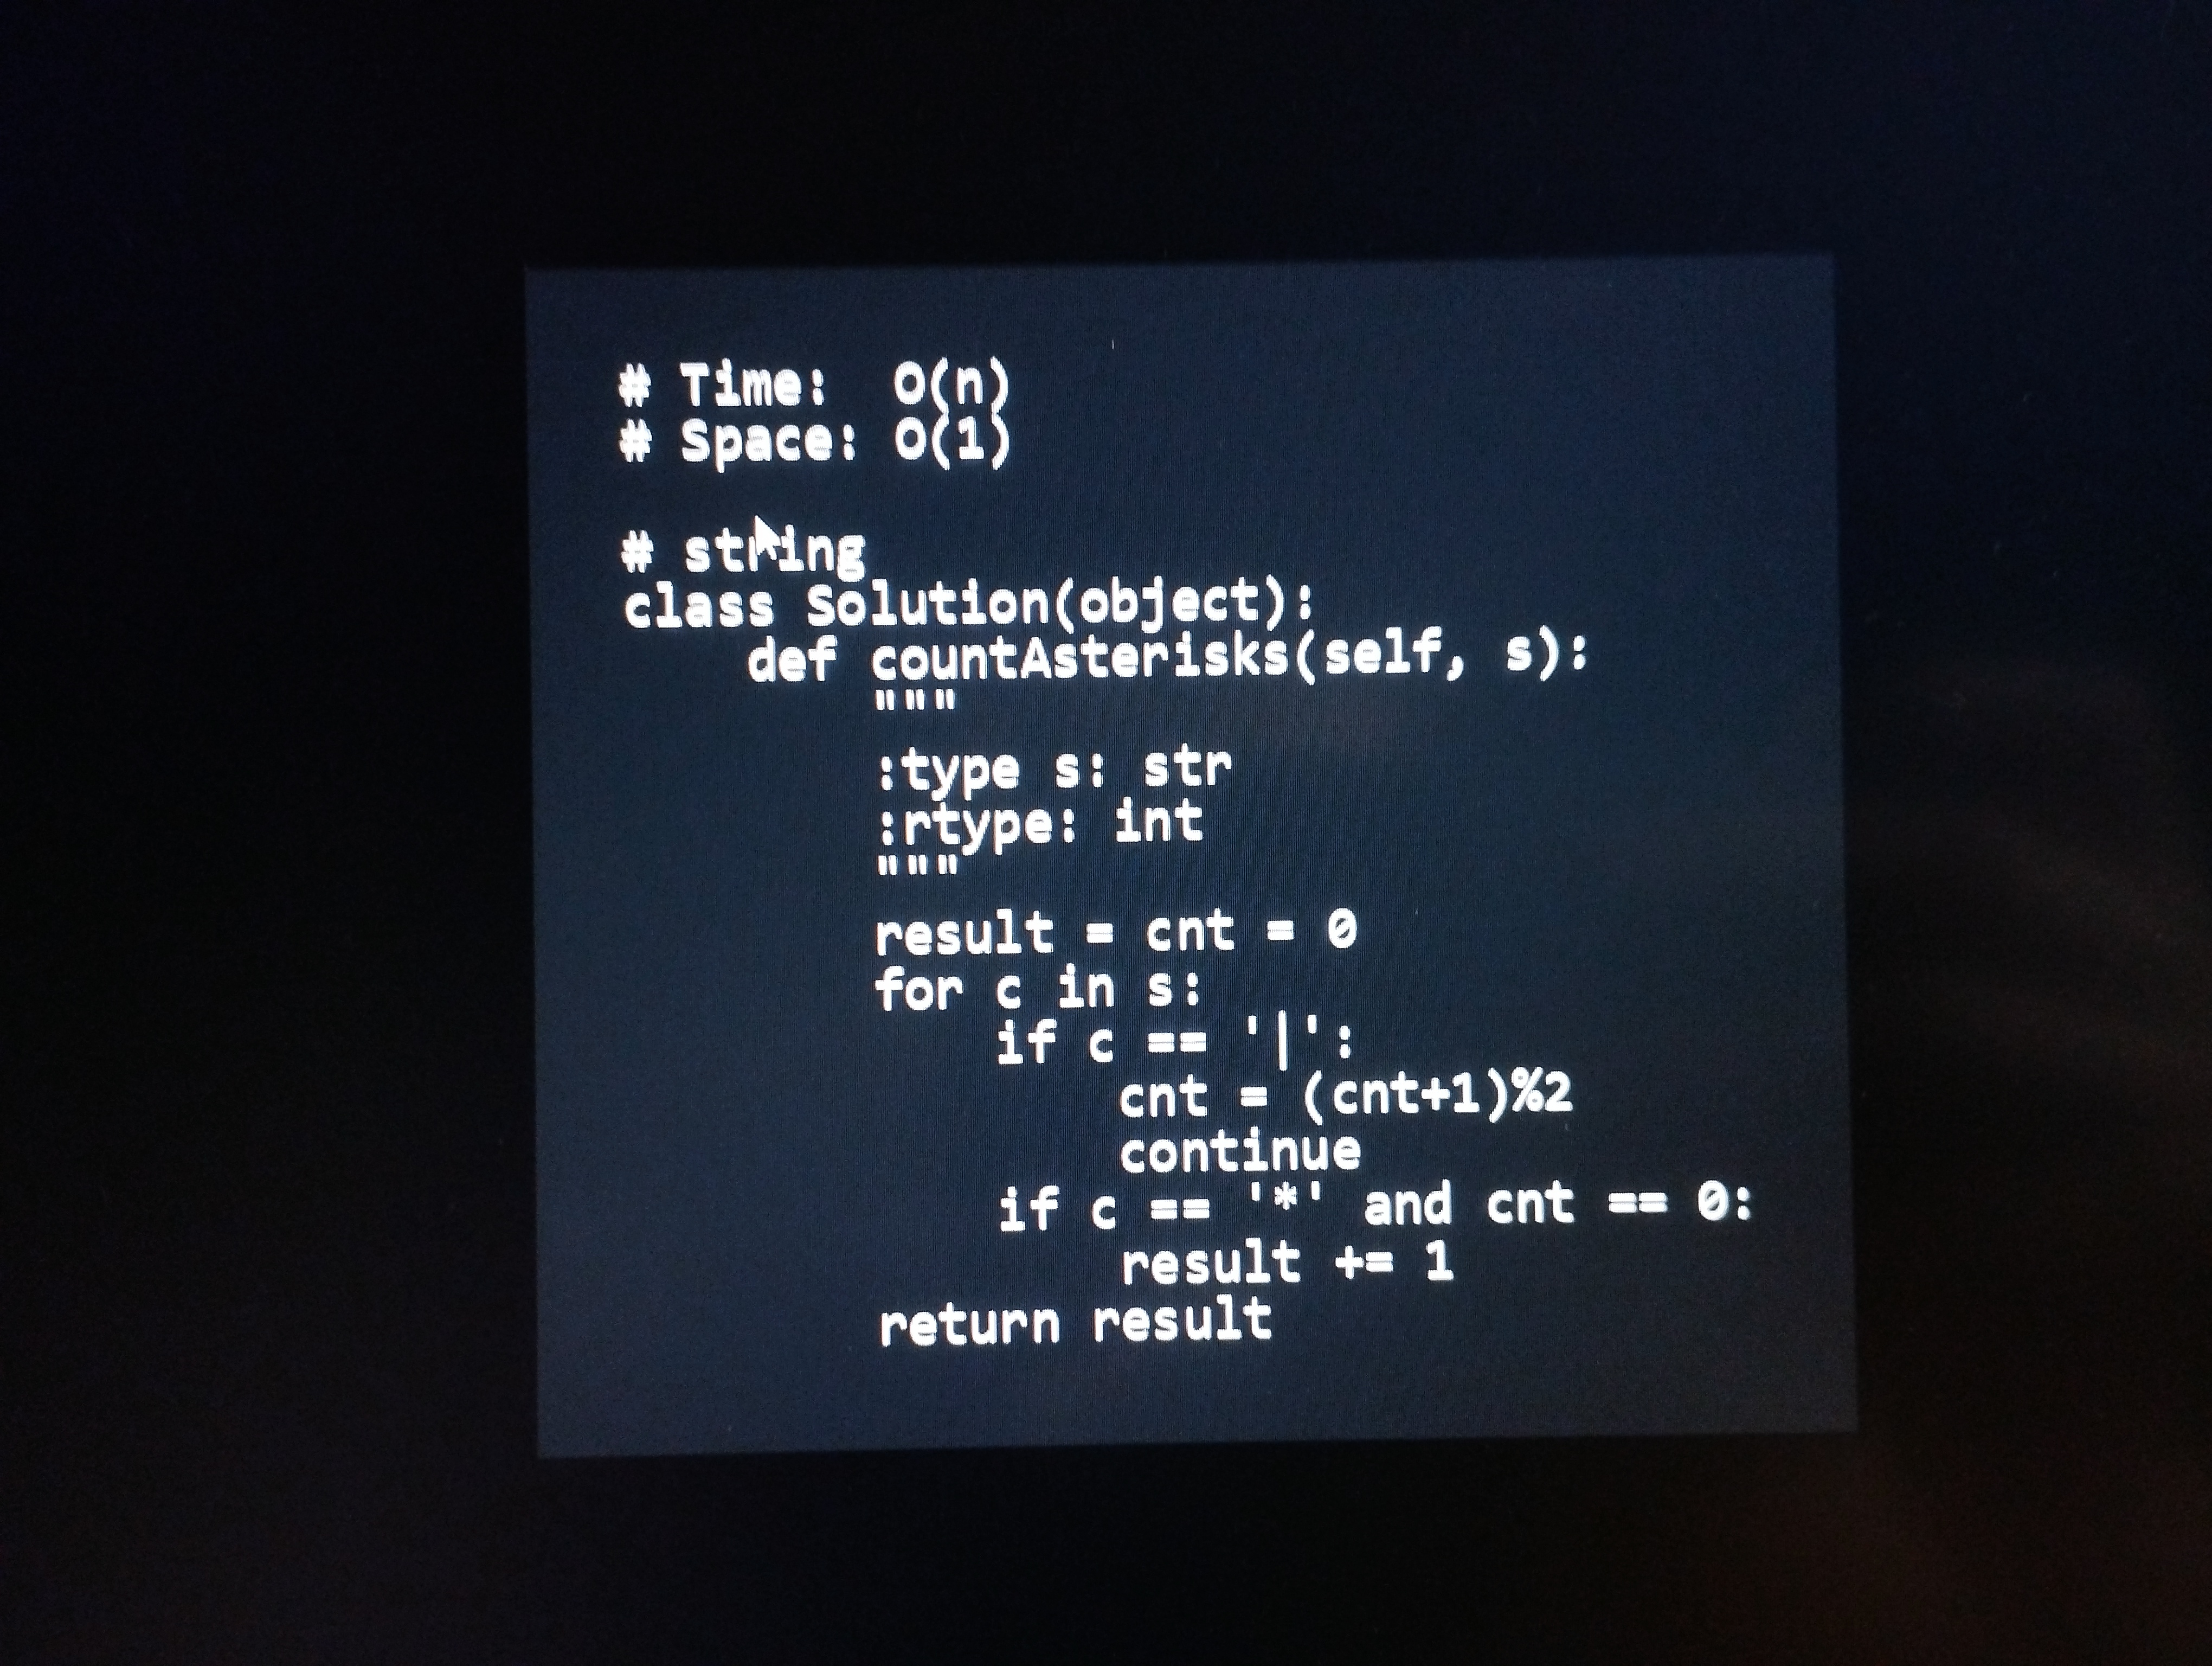
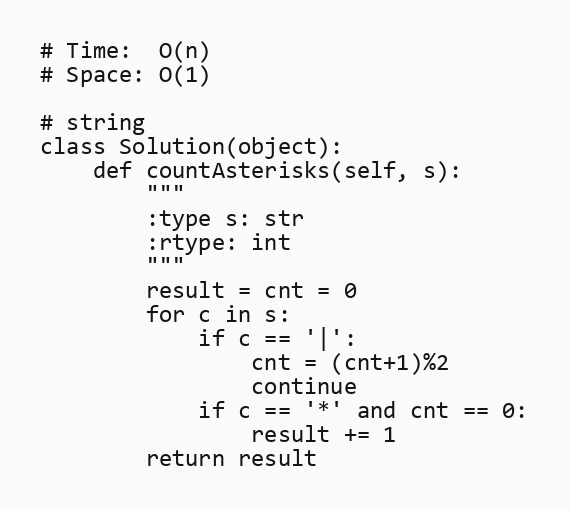
# Time:  O(n)
# Space: O(1)

# string
class Solution(object):
    def countAsterisks(self, s):
        """
        :type s: str
        :rtype: int
        """
        result = cnt = 0
        for c in s:
            if c == '|':
                cnt = (cnt+1)%2
                continue
            if c == '*' and cnt == 0:
                result += 1
        return result